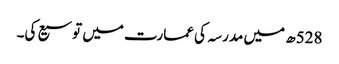
528ھ میں مدرسہ کی عمارت میں توسیع کی۔